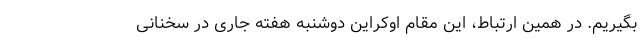
بگیریم. در همین ارتباط، این مقام اوکراین دوشنبه هفته جاری در سخنانی